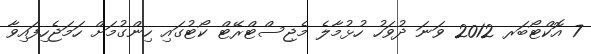
7 އޮކްޓޯބަރ 2012 ވަނަ ދުވަހު ހުޅުމާލެ މެޖިސްޓްރޭޓް ކޯޓުގައި ހިންގުމަށް ހަމަޖެހިފައިވާ